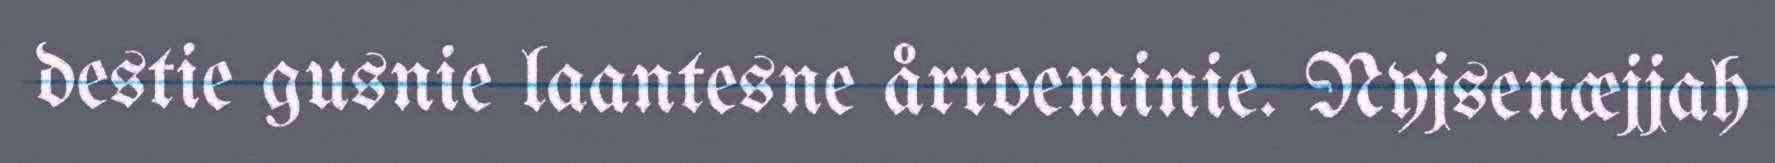
destie gusnie laantesne årroeminie. Nyjsenæjjah